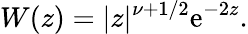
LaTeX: W(z)=|z|^{\nu+{1}/{2}}\mathrm{e}^{-2z}.